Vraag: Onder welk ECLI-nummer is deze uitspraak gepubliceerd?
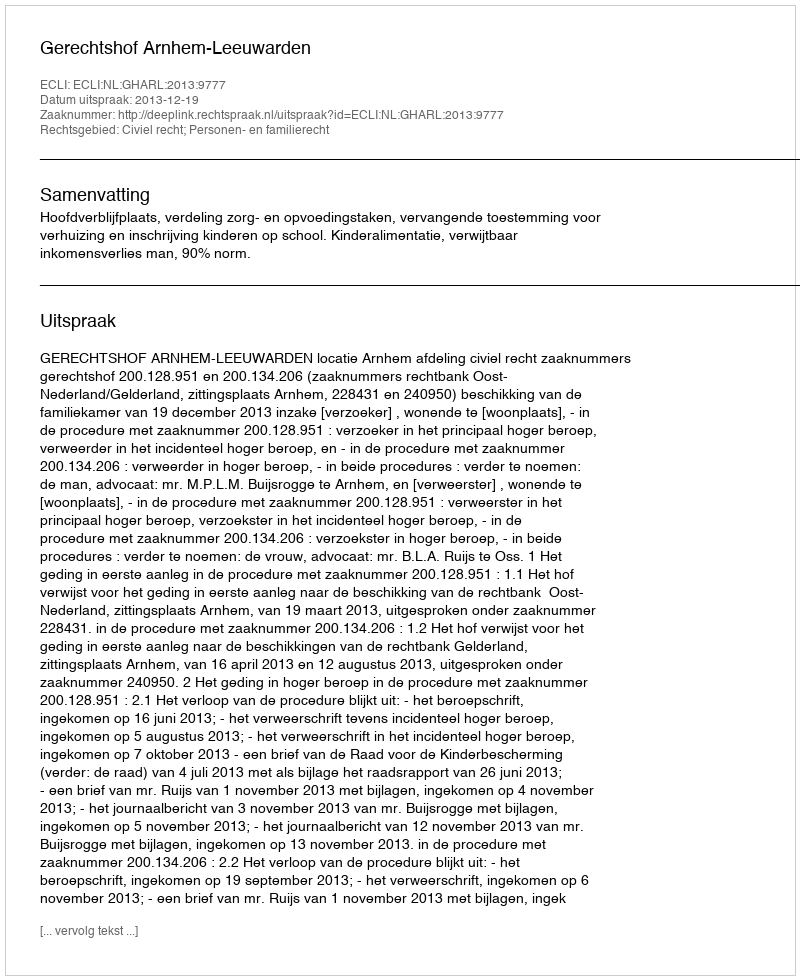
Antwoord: ECLI:NL:GHARL:2013:9777